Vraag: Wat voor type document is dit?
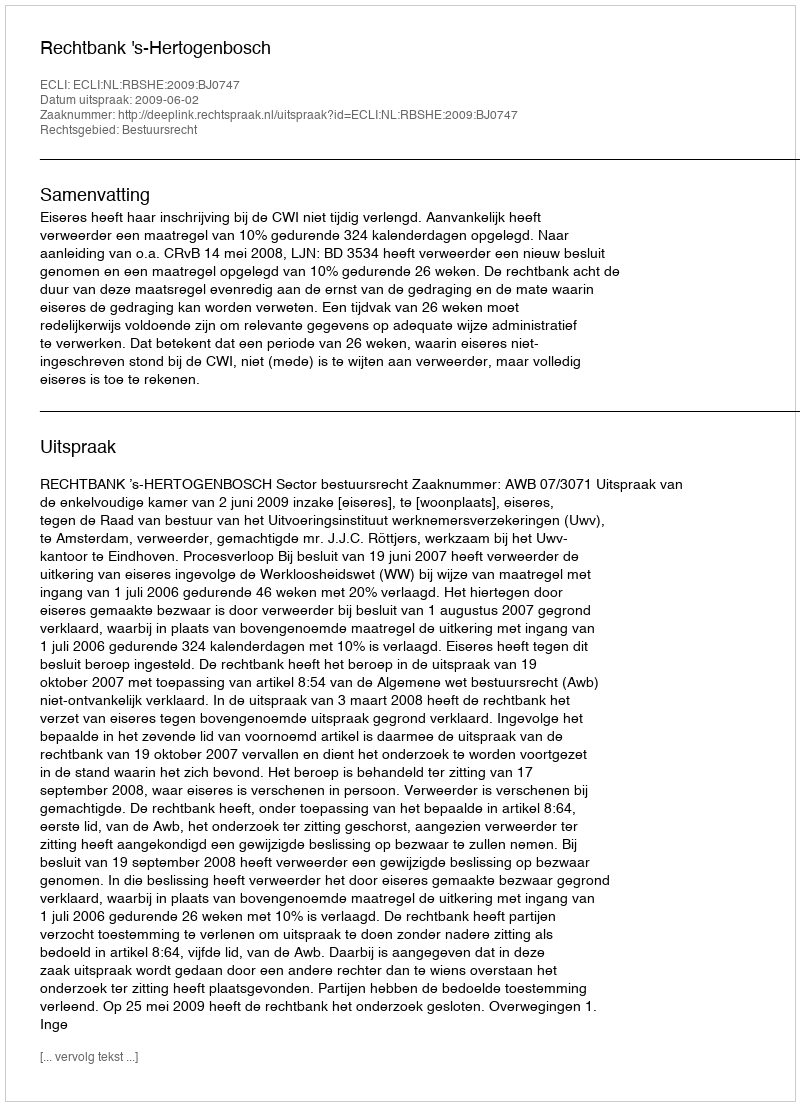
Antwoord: Uitspraak